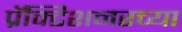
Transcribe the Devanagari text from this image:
प्रॅक्टिशनरच्या